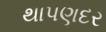
થાપણદર